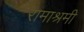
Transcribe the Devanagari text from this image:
रामाश्रमी